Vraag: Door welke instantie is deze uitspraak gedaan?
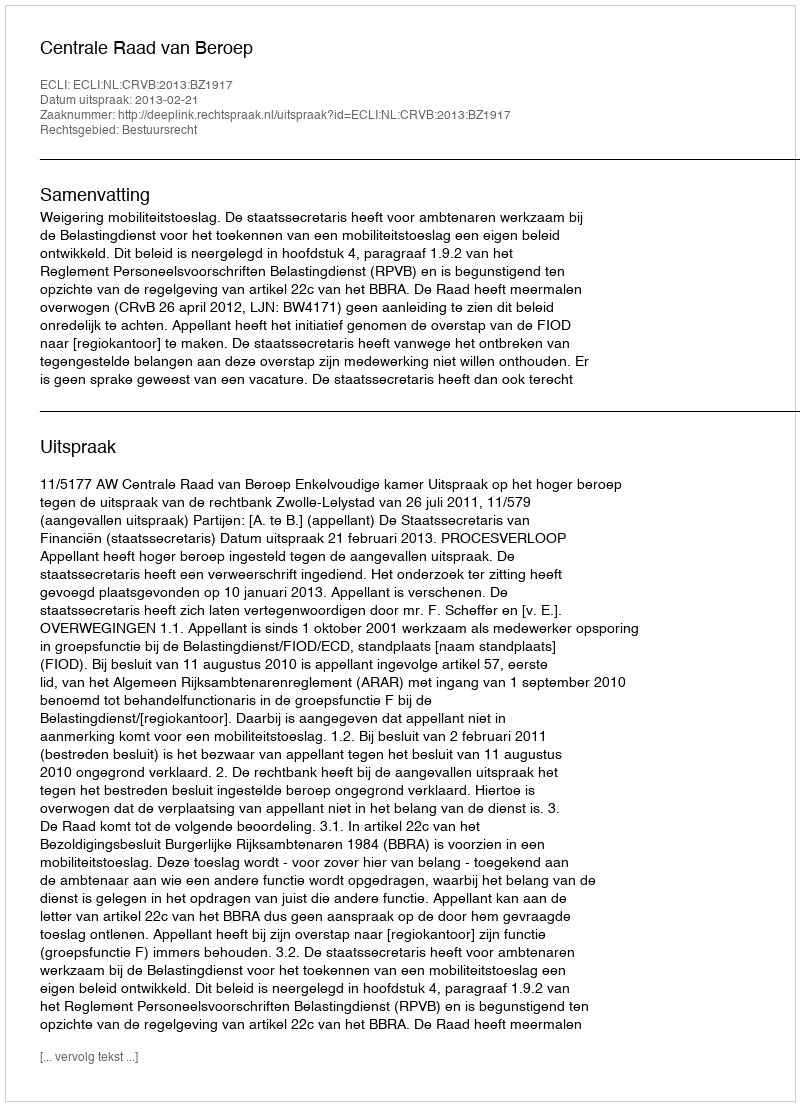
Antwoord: Centrale Raad van Beroep